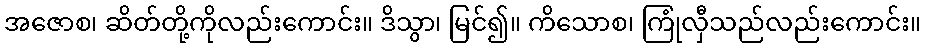
အဇောစ၊ ဆိတ်တို့ကိုလည်းကောင်း။ ဒိသွာ၊ မြင်၍။ ကိသောစ၊ ကြုံလှီသည်လည်းကောင်း။